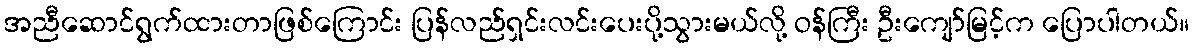
အညီဆောင်ရွက်ထားတာဖြစ်ကြောင်း ပြန်လည်ရှင်းလင်းပေးပို့သွားမယ်လို့ ဝန်ကြီး ဦးကျော်မြင့်က ပြောပါတယ်။